Report of an investigation into the causes of the diseases known in Assam as Kála-Azár and Beri-Beri
Disease focus: Beri-Beri
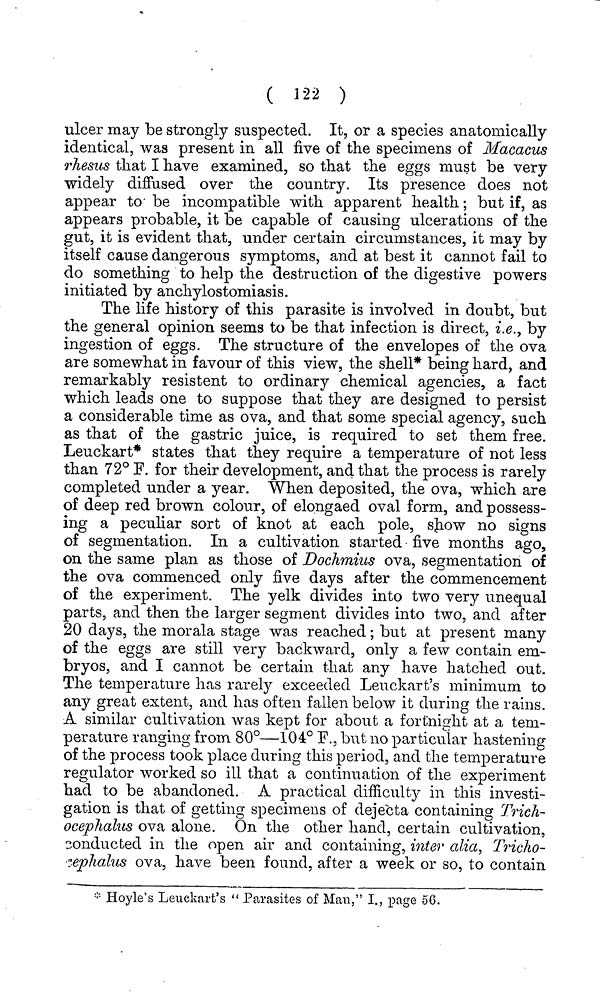
( 122 )
ulcer may be strongly suspected. It, or a species anatomically
identical, was present in all five of the specimens of Macacus
rhesus that I have examined, so that the eggs must be very
widely diffused over the country. Its presence does not
appear to be incompatible with apparent health; but if, as
appears probable, it be capable of causing ulceratioiis of the
gut, it is evident that, under certain circumstances, it may by
itself cause dangerous symptoms, and at best it cannot fail to
do something to help the destruction of the digestive powers
initiated by anchylostomiasis.
The life history of this parasite is involved in doubt, but
the general opinion seems to be that infection is direct, i.e., by
ingestion of eggs. The structure of the envelopes of the ova
are somewhat in favour of this view, the shell* being hard, and
remarkably resistent to ordinary chemical agencies, a fact
which leads one to suppose that they are designed to persist
a considerable time as ova, and that some special agency, such
as that of the gastric juice, is required to set them free.
Leuckart* states that they require a temperature of not less
than 72° F. for their development, and that the process is rarely
completed under a year. When deposited, the ova, which are
of deep red brown colour, of elongaed oval form, and possess-
ing a peculiar sort of knot at each pole, sjiow no signs
of segmentation. In a cultivation started five months ago,
on the same plan as those of Dochmius ova, segmentation of
the ova commenced only five days after the commencement
of the experiment. The yelk divides into two very unequal
parts, and then the larger segment divides into two, and after
20 days, the morala stage was reached; but at present many
of the eggs are still very backward, only a few contain em-
bryos, and I cannot be certain that any have hatched out.
The temperature has rarely exceeded Leuckart's minimum to
any great extent, and has often fallen below it during the rains.
A similar cultivation was kept for about a fortnight at a tem-
perature ranging from 80°—104° F., but no particular hastening
of the process took place during this period, and the temperature
regulator worked so ill that a continuation of the experiment
had to be abandoned. A practical difficulty in this investi-
gation is that of getting specimens of dejecta containing Trich-
ocepJialus ova alone. On the other hand, certain cultivation,
conducted in the open air and containing, inter alia, Tricho-°e
plialus ova, have been found, after a week or so, to contain
* Hoyle's Leuckart's " Parasites of Man," I., page 56.